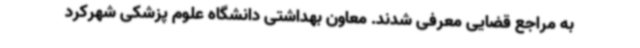
به مراجع قضایی معرفی شدند. معاون بهداشتی دانشگاه علوم پزشکی شهرکرد